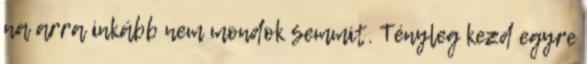
na arra inkább nem mondok semmit. Tényleg kezd egyre